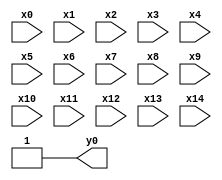
module top( x0 , x1 , x2 , x3 , x4 , x5 , x6 , x7 , x8 , x9 , x10 , x11 , x12 , x13 , x14 , y0 );
  input x0 , x1 , x2 , x3 , x4 , x5 , x6 , x7 , x8 , x9 , x10 , x11 , x12 , x13 , x14 ;
  output y0 ;
  assign y0 = ~1'b0 ;
endmodule